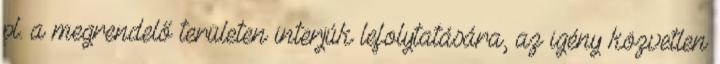
pl. a megrendelő területen interjúk lefolytatására, az igény közvetlen